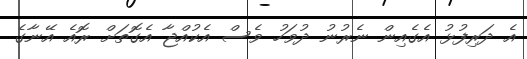
އެ ދަރިފުޅު އެގެއިން ނެރުނު ދުވަހު ވެސް އެކުއްޖާ އެގޮތަށް ރޮއެ އޭނާގެ